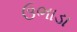
ઉભાડા